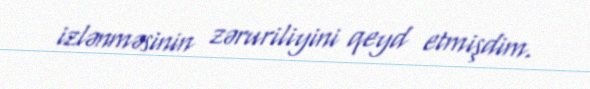
izlənməsinin zəruriliyini qeyd etmişdim.